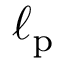
\ell _ { \mathrm { p } }